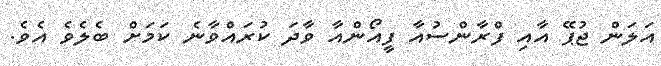
އަލަން ޖުޕޭ އާއި ފްރާންސުއާ ފީއޯންއާ ވާދަ ކުރައްވާނެ ކަމަށް ބެލެވެ އެވެ.